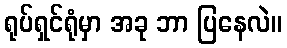
ရုပ်ရှင်ရုံမှာ အခု ဘာ ပြနေလဲ။